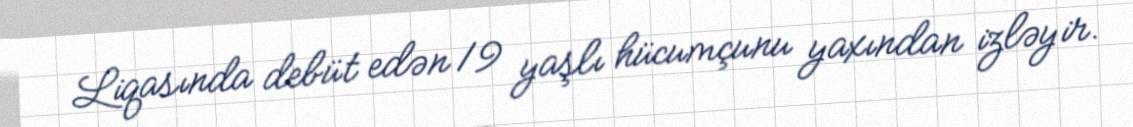
Liqasında debüt edən 19 yaşlı hücumçunu yaxından izləyir.